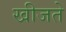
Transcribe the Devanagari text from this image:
खीजते